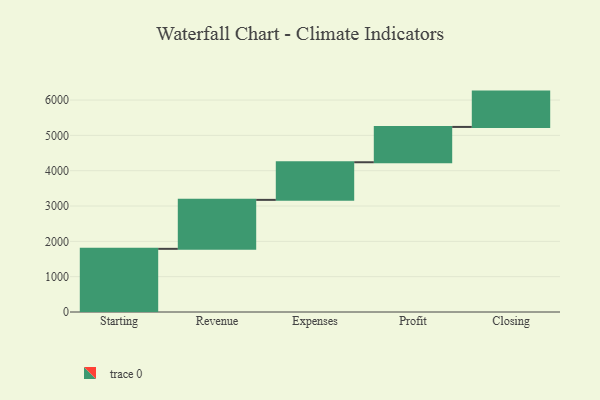
{"axis": {"x": "Step", "y": "Value"}, "legend": [""], "data": [{"x": "Starting", "y": 1788.0, "type": ""}, {"x": "Revenue", "y": 1386.0, "type": ""}, {"x": "Expenses", "y": 1065.0, "type": ""}, {"x": "Profit", "y": 1000, "type": ""}, {"x": "Closing", "y": 1000, "type": ""}]}